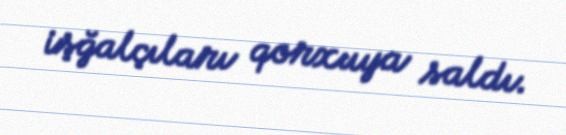
işğalçıları qorxuya saldı.